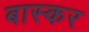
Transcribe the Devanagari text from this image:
बास्कर